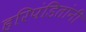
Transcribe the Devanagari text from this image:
हरिपंडितांनी